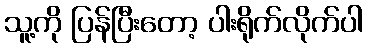
သူ့ကို ပြန်ပြီးတော့ ပါးရိုက်လိုက်ပါ